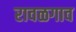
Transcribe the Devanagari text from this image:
रावळगाव